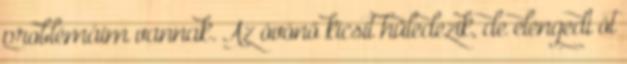
problémáim vannak. Az óvónő kicsit hüledezik, de elengedi őt